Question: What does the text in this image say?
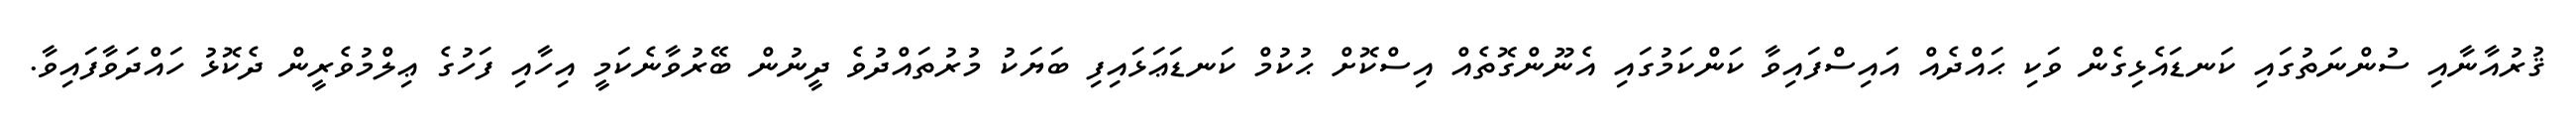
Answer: ޤުރުއާނާއި ސުންނަތުގައި ކަނޑައެޅިގެން ވަކި ޙައްދެއް އައިސްފައިވާ ކަންކަމުގައި އެނޫންގޮތެއް އިސްކޮށް ޙުކުމް ކަނޑަޢަޅައިފި ބަޔަކު މުރުތައްދުވެ ދީނުން ބޭރުވާނެކަމީ އިހާއި ފަހުގެ ޢިލްމުވެރީން ދެކޮޅު ހައްދަވާފައިވާ.